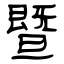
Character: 暨